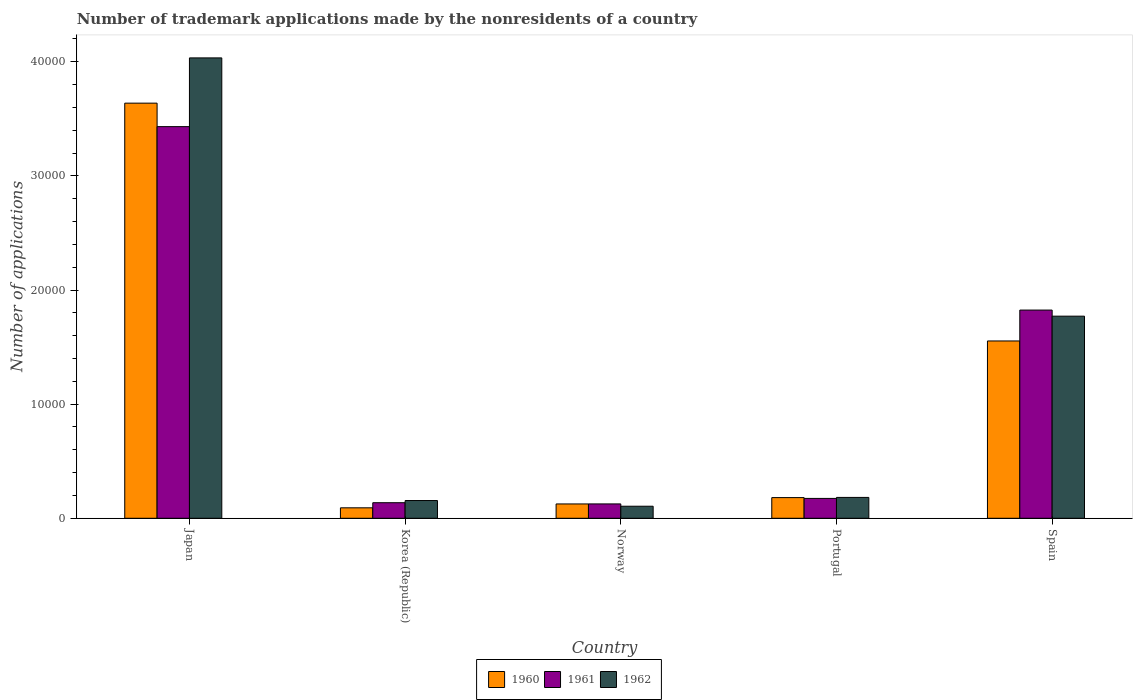
| Country | 1960 | 1961 | 1962 |
 | --- | --- | --- | --- |
 | Japan | 3.64e+04 | 3.43e+04 | 4.03e+04 |
 | Korea (Republic) | 916 | 1.36e+03 | 1.55e+03 |
 | Norway | 1.26e+03 | 1.26e+03 | 1.06e+03 |
 | Portugal | 1.81e+03 | 1.74e+03 | 1.83e+03 |
 | Spain | 1.55e+04 | 1.82e+04 | 1.77e+04 |